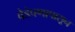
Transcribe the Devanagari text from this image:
वेडेपणापासून